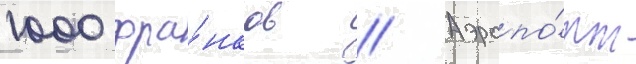
1000 фра́нков // Аэропо́рт